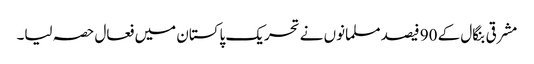
مشرقی بنگال کے 90 فیصد مسلمانوں نے تحریک پاکستان میں فعال حصہ لیا۔